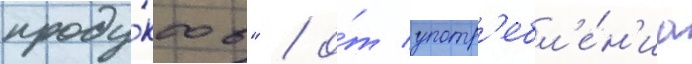
проду́ктов" / о́т употр'ебл'е́н'иа